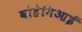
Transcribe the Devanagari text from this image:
बोहेमिआई